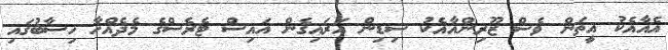
އެއާއެކު އީތަން ވެސް ޒޫރިންއާއެކު ސިޑިން އަރައިގެން އައިސް ޓެރެސްގެ މެދެއްހާ ހިސާބުގައި